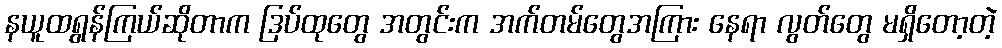
နယူထရွန်ကြယ်ဆိုတာက ဒြပ်ထုတွေ အတွင်းက အက်တမ်တွေအကြား နေရာ လွတ်တွေ မရှိတော့တဲ့